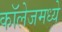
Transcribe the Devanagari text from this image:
कॉलेजमध्‍ये